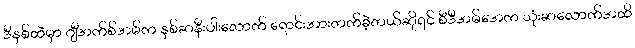
ဒီနှစ်ထဲမှာ ဂျီအက်စ်အမ်က နှစ်ဆနီးပါးလောက် ရောင်းအားတက်ခဲ့တယ်ဆိုရင် စီဒီအမ်အေက သုံးဆလောက်အထိ